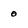
Character: 0